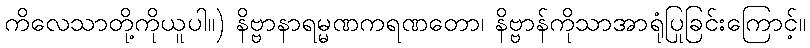
ကိလေသာတို့ကိုယူပါ။) နိဗ္ဗာနာရမ္မဏကရဏတော၊ နိဗ္ဗာန်ကိုသာအာရုံပြုခြင်းကြောင့်။